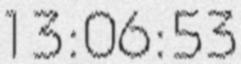
13:06:53